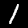
Digit: 1